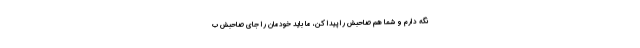
نگه دارم و شما هم صاحبش را پیدا کن، ما باید خودمان را جای صاحبش ب